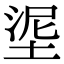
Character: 埿